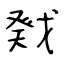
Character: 戣